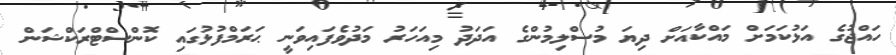
ހައްޖުގެ އަޅުކަމަށް މައްކާއަށް ދިޔަ މުސްލިމުންގެ އަދަދު މިއަހަރު މަދުވެފައިވަނީ ޙަރަމްފުޅުގައި ކޮންސްޓްރަކްޝަން